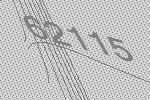
62115